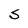
Character: S